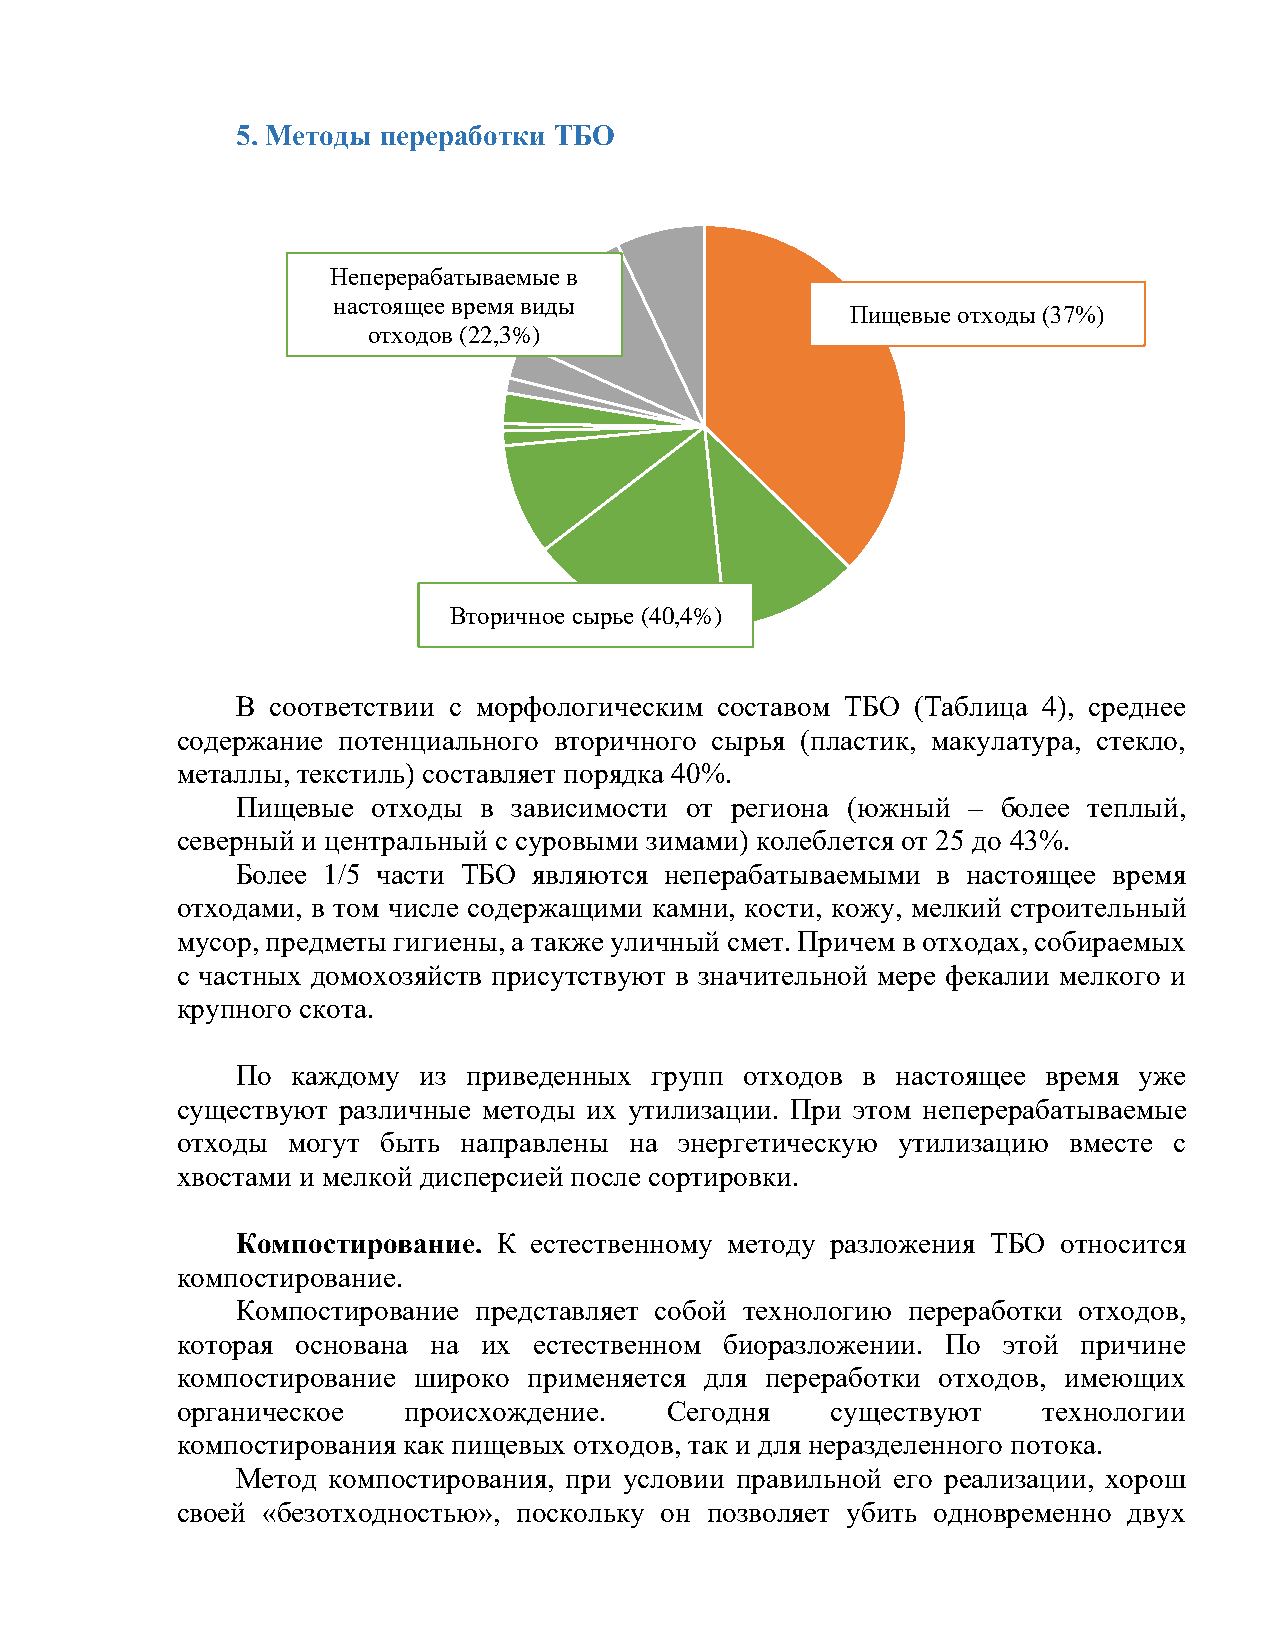
5. Методы переработки ТБО
 Неперерабатываемые в
 настоящее время виды
 Пищевые отходы (37%)
 отходов (22,3%)
 Вторичное сырье (40,4%)
 В соответствии с морфологическим составом ТБО (Таблица 4), среднее
 содержание потенциального вторичного сырья (пластик, макулатура, стекло,
 металлы, текстиль) составляет порядка 40%.
 Пищевые  отходы в зависимости от региона (южный – более теплый,
 северный и центральный с суровыми зимами) колеблется от 25 до 43%.
 Более 1/5 части ТБО являются неперабатываемыми в настоящее время
 отходами, в том числе содержащими камни, кости, кожу, мелкий строительный
 мусор, предметы гигиены, а также уличный смет. Причем в отходах, собираемых
 с частных домохозяйств присутствуют в значительной мере фекалии мелкого и
 крупного скота.
 По каждому  из приведенных групп отходов в настоящее время уже
 существуют различные методы их утилизации. При этом неперерабатываемые
 отходы могут быть  направлены на энергетическую утилизацию вместе с
 хвостами и мелкой дисперсией после сортировки.
 Компостирование. К естественному методу разложения ТБО относится
 компостирование.
 Компостирование представляет собой технологию переработки отходов,
 которая основана на их естественном биоразложении. По этой  причине
 компостирование широко применяется для переработки отходов, имеющих
 органическое   происхождение.   Сегодня    существуют    технологии
 компостирования как пищевых отходов, так и для неразделенного потока.
 Метод компостирования, при условии правильной его реализации, хорош
 своей «безотходностью», поскольку он позволяет убить одновременно двух